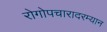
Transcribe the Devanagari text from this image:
रोगोपचारादरम्यान